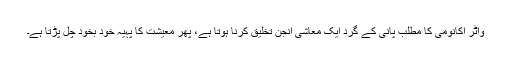
واٹر اکانومی کا مطلب پانی کے گرد ایک معاشی انجن تخلیق کرنا ہوتا ہے، پھر معیشت کا پہیہ خود بخود چل پڑتا ہے۔